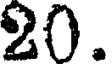
20.